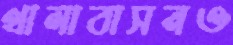
থালাবাসনও